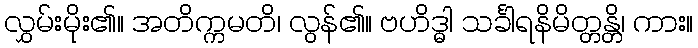
လွှမ်းမိုး၏။ အတိက္ကမတိ၊ လွန်၏။ ဗဟိဒ္ဓါ သင်္ခါရနိမိတ္တန္တိ၊ ကား။